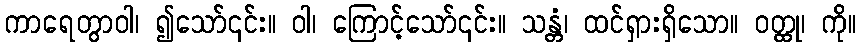
ကာရေတွာဝါ၊ ၍သော်၎င်း။ ဝါ၊ ကြောင့်သော်၎င်း။ သန္တံ၊ ထင်ရှားရှိသော။ ဝတ္ထု၊ ကို။